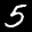
Label: 5